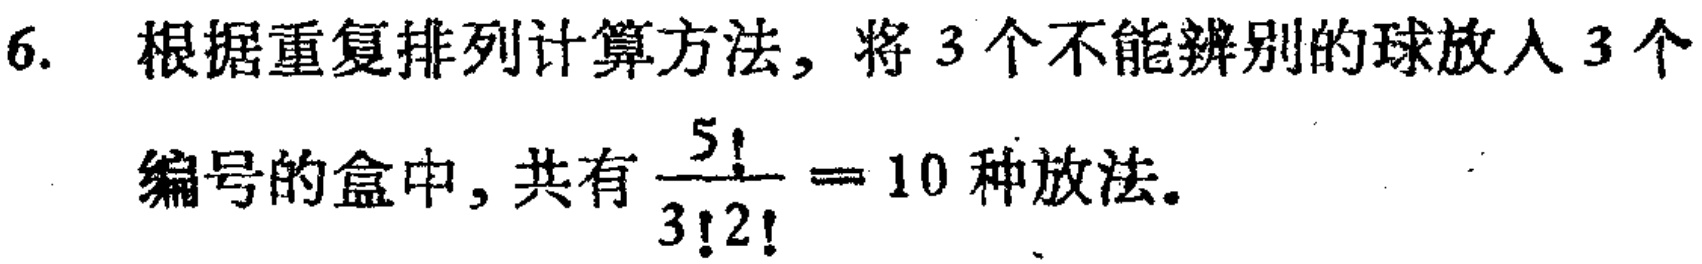
6. 根据重复排列计算方法，将 3 个不能辨别的球放入 3 个编号的盒中，共有$\frac{5!}{3!2!}=10$种放法。